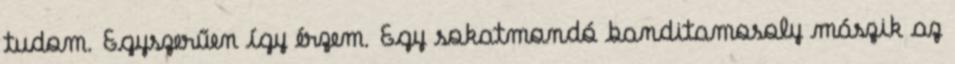
tudom. Egyszerűen így érzem. Egy sokatmondó banditamosoly mászik az